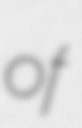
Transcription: of